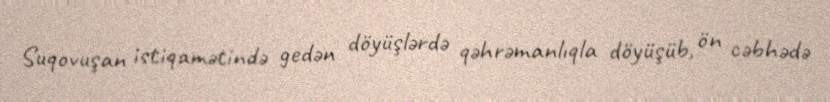
Suqovuşan istiqamətində gedən döyüşlərdə qəhrəmanlıqla döyüşüb, ön cəbhədə